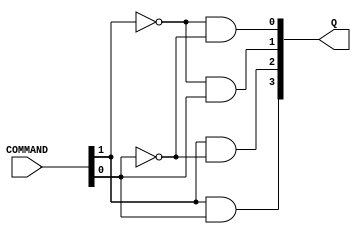
module Command_decoder(
    input wire [0:1]COMMAND,
    output wire [0:3]Q
    );

// 00 -> 0001  -> NOT_B
// 01 -> 0010  -> A_OR_B
// 10 -> 0100  -> A_AND_B
// 11 -> 1000  -> SUM

assign Q[0] = COMMAND[0] & COMMAND[1];
assign Q[1] = COMMAND[0] & ~COMMAND[1];
assign Q[2] = ~COMMAND[0] & COMMAND[1];
assign Q[3] = ~COMMAND[0] & ~COMMAND[1];

endmodule


module Sum(
    input wire ENABLE,
    input wire A,
    input wire B,
    output wire SUM,
    output wire CARRY
    );

assign {CARRY, SUM} = ((ENABLE & A) + (ENABLE & B));

endmodule

module Logic_unit(
    input wire [0:2]COMMAND,
    input wire A,
    input wire B,
    output wire NOT_B,
    output wire A_OR_B,
    output wire A_AND_B
    );

assign NOT_B =  COMMAND[2] & (~B);

assign A_OR_B = ((COMMAND[1] & A) | (COMMAND[1] & B));

assign A_AND_B = ((COMMAND[0] & A) & (COMMAND[0] & B));

endmodule


module Alu(
    input wire A,
    input wire B,
    input wire [0:1]COMMAND,
    output wire RES,
    output wire CARRY
    );


wire [0:3]Q;
wire NOT_B, A_AND_B, A_OR_B, SUM;

Command_decoder com_imp(COMMAND, Q);
Sum sum_imp(Q[0], A, B, SUM ,CARRY);
Logic_unit logic_imp(Q[1:3], A, B, NOT_B, A_OR_B, A_AND_B);

assign RES = NOT_B | A_AND_B | A_OR_B | SUM;
endmodule


module Memory(
    input wire CLK,                 // 
    input wire LOAD,                //   
    input wire RST,                 // 
    input wire [0:3]INPUT_DATA,     //   
    output reg [0:3]OUTPUT_COMMAND  //   
    );

reg [0:3]memory[0:7];       //   ()
reg [0:2] input_count = 0;  //    
integer i = 0;
reg [0:2] output_count = 0; //    

always @(posedge CLK or posedge RST) begin

    if (RST) begin      //   
        for (i = 0; i < 8; i = i + 1) memory[i] = 3'hx;
        OUTPUT_COMMAND = 3'hx;
        output_count = 0;
        input_count = 0;
    end

    else begin          // C      
        if (LOAD) begin
            if (input_count != 8) begin
                memory[input_count] = INPUT_DATA;
                input_count = input_count + 1;
            end
        end

        else begin      //    
            OUTPUT_COMMAND = memory[output_count];
            if (output_count > 7) begin
                output_count = 0;
            end

            else begin
                output_count = output_count + 1;
            end
        end // end of else if (LOAD)
    end // end of else if (RST)
end // end of always @(posedge CLK or posedge RST)
endmodule // end of module Memory

module test_memory;
reg clk;
reg load;
reg rst;
reg [0:3]a[0:7];
reg [0:3]data;
wire [0:3]command;
reg [0:3]n;
wire res, carry;

Memory memory_imp(clk, load, rst ,data, command);
Alu alu_imp(command[2], command[3], command[0:1], res, carry);

initial begin
$readmemb("program.bin", a);
end

always begin
    #1 clk = ~clk;
end

initial begin
 clk = 0;
 load = 1;
 rst = 0;
 n = 0;

 #60 rst = 1;

 #10 rst = 0;
 load = 1;
end

always @(posedge clk) begin
    if (load) begin

        data = a[n];

        if (n > 7) begin
            load = 0;
            n = 0;
            data = 3'hx;
        end
        else begin
            n = n + 1;
        end
    end

end

initial
begin
  $dumpfile("out.vcd");
  $dumpvars(0, test_memory);
  #120 $finish;
end

endmodule